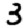
Digit: 3